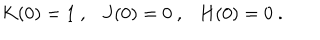
K ( 0 ) = 1 \ , \ \ \ J ( 0 ) = 0 \ , \ \ \ H ( 0 ) = 0 \ .